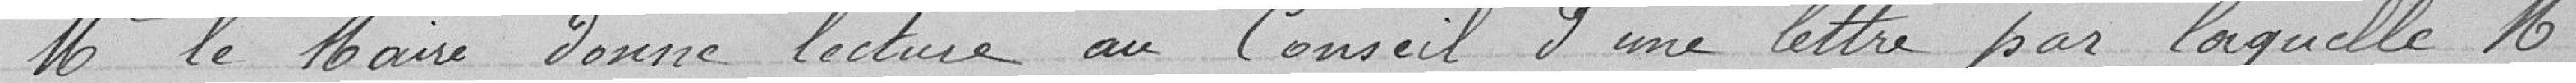
Monsieur le Maire donne lecture au Conseil d'une lettre par laquelle Monsieur